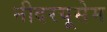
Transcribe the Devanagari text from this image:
नीदरयूसेम